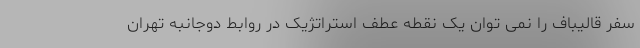
سفر قالیباف را نمی توان یک نقطه عطف استراتژیک در روابط دوجانبه تهران